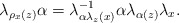
\begin{align*}\lambda_{\rho_{x}(z)}\alpha=\lambda_{\alpha\lambda_{z}(x)}^{-1}\alpha\lambda_{\alpha(z)}\lambda_{x}.\end{align*}